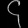
Digit: ၄